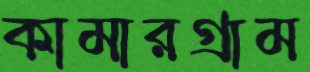
কামারগ্রাম